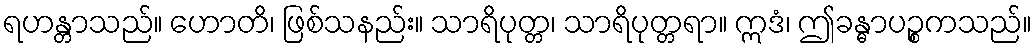
ရဟန္တာသည်။ ဟောတိ၊ ဖြစ်သနည်း။ သာရိပုတ္တ၊ သာရိပုတ္တရာ။ ဣဒံ၊ ဤခန္ဓာပဉ္စကသည်။